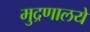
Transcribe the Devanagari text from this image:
मुद्रणालये